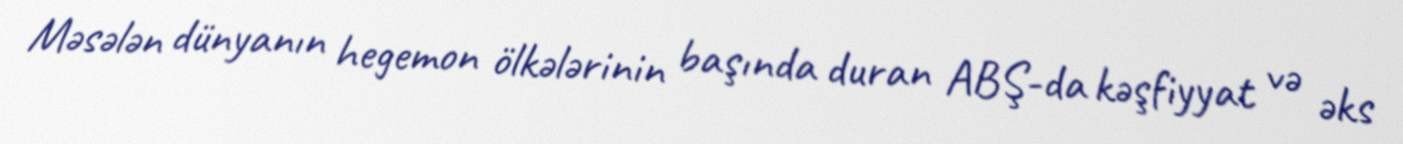
Məsələn dünyanın hegemon ölkələrinin başında duran ABŞ-da kəşfiyyat və əks